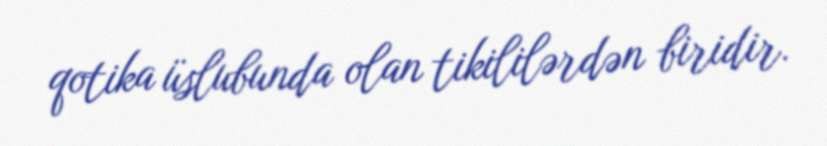
qotika üslubunda olan tikililərdən biridir.